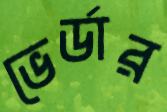
ভের্ডার